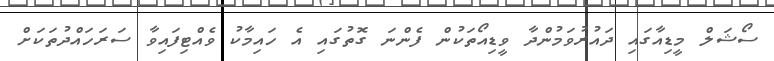
ސޯޝަލް މީޑިއާގައި ދައުރުވަމުންދާ ވީޑިއޯތަކުން ފެންނަ ގޮތުގައި އެ ހައިމާކު ވެއްޓިފައިވާ ސަރަހައްދުތަކަށް